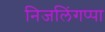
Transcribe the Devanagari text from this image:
निजलिंगप्पा